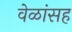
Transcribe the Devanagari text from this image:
वेळांसह